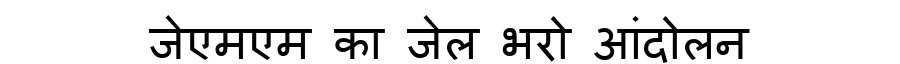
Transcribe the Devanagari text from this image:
जेएमएम का जेल भरो आंदोलन